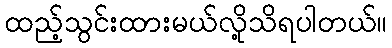
ထည့်သွင်းထားမယ်လို့သိရပါတယ်။